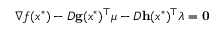
\nabla f ( x ^ { * } ) - D \mathbf { g } ( x ^ { * } ) ^ { \top } { \boldsymbol { \mu } } - D \mathbf { h } ( x ^ { * } ) ^ { \top } { \boldsymbol { \lambda } } = \mathbf { 0 }